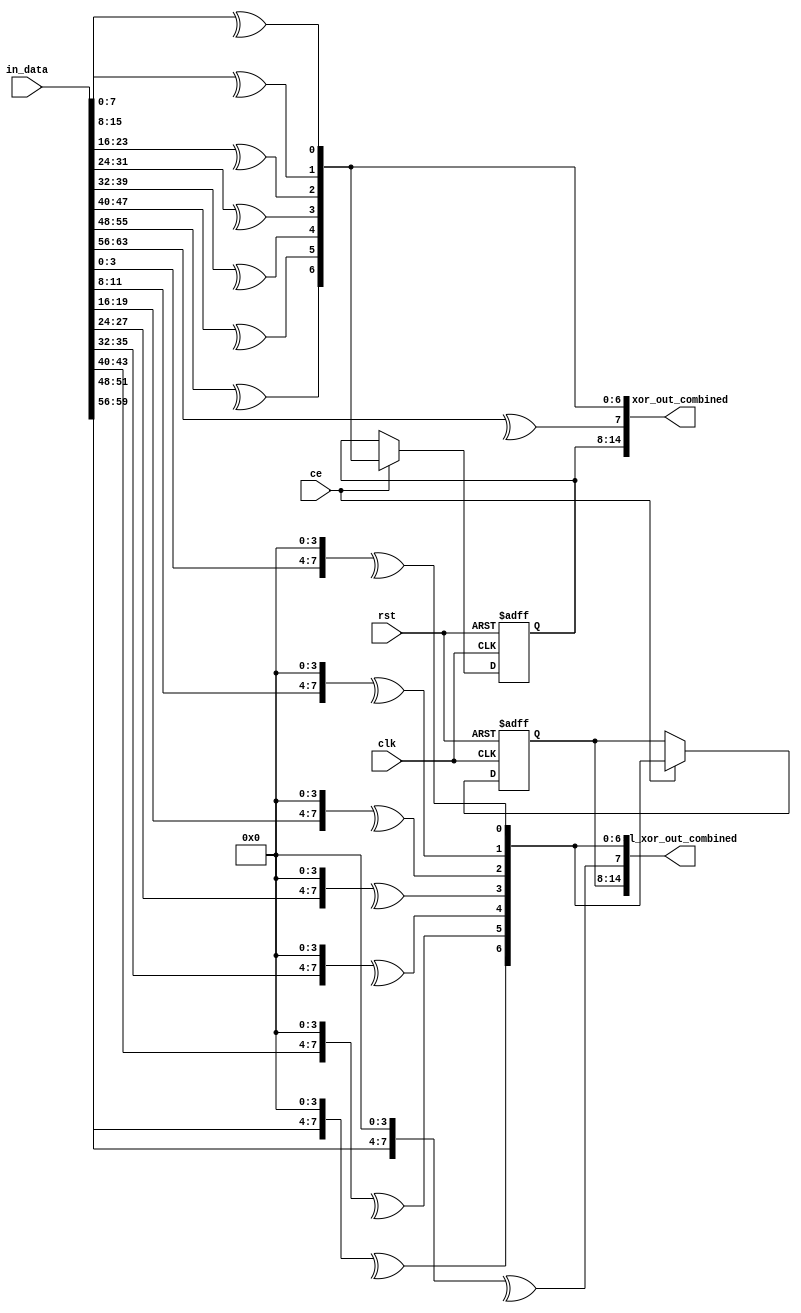
`timescale 1ns / 1ps

module ACC (
    input [63:0] in_data,
    input clk,
    input rst,
    input ce,
    output [14:0] xor_out_combined,
    output [14:0] sl_xor_out_combined
    // output [14:0] sr_xor_out_combined
);
    // xor
    wire [7:0] xor_out;
    assign xor_out[0] = ^in_data[7:0];
    assign xor_out[1] = ^in_data[15:8];
    assign xor_out[2] = ^in_data[23:16];
    assign xor_out[3] = ^in_data[31:24];    
    assign xor_out[4] = ^in_data[39:32];
    assign xor_out[5] = ^in_data[47:40];
    assign xor_out[6] = ^in_data[55:48];
    assign xor_out[7] = ^in_data[63:56];

    reg [6:0] xor_out_last;
    always @(posedge clk or posedge rst) begin
        if(rst)
            xor_out_last <= 7'b0;
        else if (!ce)
            xor_out_last <= xor_out_last;
        else
            xor_out_last <= xor_out[6:0];
    end

    assign xor_out_combined = {xor_out_last, xor_out};

    // shift left and xor
    wire [7:0] sl_xor_out;
    assign sl_xor_out[0] = ^(in_data[7:0]<<4);
    assign sl_xor_out[1] = ^(in_data[15:8]<<4);
    assign sl_xor_out[2] = ^(in_data[23:16]<<4);
    assign sl_xor_out[3] = ^(in_data[31:24]<<4);    
    assign sl_xor_out[4] = ^(in_data[39:32]<<4);
    assign sl_xor_out[5] = ^(in_data[47:40]<<4);
    assign sl_xor_out[6] = ^(in_data[55:48]<<4);
    assign sl_xor_out[7] = ^(in_data[63:56]<<4);

    reg [6:0] sl_xor_out_last;
    always @(posedge clk or posedge rst) begin
        if(rst)
            sl_xor_out_last <= 7'b0;
        else if (!ce)
            sl_xor_out_last <= sl_xor_out_last;
        else
            sl_xor_out_last <= sl_xor_out[6:0];
    end

    assign sl_xor_out_combined = {sl_xor_out_last, sl_xor_out};

    // // shift right and xor
    // wire [7:0] sr_xor_out;
    // assign sr_xor_out[0] = ^(in_data[7:0]>>4);
    // assign sr_xor_out[1] = ^(in_data[15:8]>>4);
    // assign sr_xor_out[2] = ^(in_data[23:16]>>4);
    // assign sr_xor_out[3] = ^(in_data[31:24]>>4);    
    // assign sr_xor_out[4] = ^(in_data[39:32]>>4);
    // assign sr_xor_out[5] = ^(in_data[47:40]>>4);
    // assign sr_xor_out[6] = ^(in_data[55:48]>>4);
    // assign sr_xor_out[7] = ^(in_data[63:56]>>4);

    // reg [6:0] sr_xor_out_last;
    // always @(posedge clk or posedge rst) begin
    //     if(rst)
    //         sr_xor_out_last <= 7'b0;
    //     else if (!ce)
    //         sr_xor_out_last <= sr_xor_out_last;
    //     else
    //         sr_xor_out_last <= sr_xor_out[6:0];
    // end

    // assign sr_xor_out_combined = {sr_xor_out_last, sr_xor_out};
endmodule


module Bloom_Filter (
    input [63:0] in_data,
    input clk,
    input en,
    input ce,
    input rst,
    input [7:0] pattern,
    input [7:0] mask,
    output reg [7:0] match,
    output reg [7:0] sl_match
    // output reg [7:0] sr_match
);
    wire [14:0] xor_out, sl_xor_out;
    // wire [14:0] sr_xor_out;

    ACC dut(
        .in_data(in_data),
        .clk(clk),
        .rst(rst),
        .ce(ce),
        .xor_out_combined(xor_out),
        .sl_xor_out_combined(sl_xor_out)
        // .sr_xor_out_combined(sr_xor_out)
    );
    
    reg [255:0] fm;
    always @(posedge clk) begin
        if (rst)
            fm <= 256'b0;
        else if (pattern!=8'b0)
            fm[pattern] <= 1'b1;
    end

    always @(posedge clk) begin
        if (rst) begin
            match <= 8'b0;
            sl_match <= 8'b0;
            // sr_match <= 8'b0;
        end
        else if (en) begin
            match[0] <= fm[xor_out[7:0]&mask];
            match[1] <= fm[xor_out[8:1]&mask];
            match[2] <= fm[xor_out[9:2]&mask];
            match[3] <= fm[xor_out[10:3]&mask];
            match[4] <= fm[xor_out[11:4]&mask];
            match[5] <= fm[xor_out[12:5]&mask];
            match[6] <= fm[xor_out[13:6]&mask];
            match[7] <= fm[xor_out[14:7]&mask];
            sl_match[0] <= fm[sl_xor_out[7:0]&mask];
            sl_match[1] <= fm[sl_xor_out[8:1]&mask];
            sl_match[2] <= fm[sl_xor_out[9:2]&mask];
            sl_match[3] <= fm[sl_xor_out[10:3]&mask];
            sl_match[4] <= fm[sl_xor_out[11:4]&mask];
            sl_match[5] <= fm[sl_xor_out[12:5]&mask];
            sl_match[6] <= fm[sl_xor_out[13:6]&mask];
            sl_match[7] <= fm[sl_xor_out[14:7]&mask];
            // sr_match[0] <= fm[sr_xor_out[7:0]&mask];
            // sr_match[1] <= fm[sr_xor_out[8:1]&mask];
            // sr_match[2] <= fm[sr_xor_out[9:2]&mask];
            // sr_match[3] <= fm[sr_xor_out[10:3]&mask];
            // sr_match[4] <= fm[sr_xor_out[11:4]&mask];
            // sr_match[5] <= fm[sr_xor_out[12:5]&mask];
            // sr_match[6] <= fm[sr_xor_out[13:6]&mask];
            // sr_match[7] <= fm[sr_xor_out[14:7]&mask];
        end
        else begin
            match <= 8'b0;
            sl_match <= 8'b0;
            // sr_match <= 8'b0;
        end
    end
endmodule